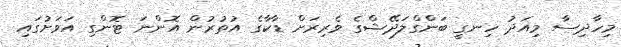
މިހާދިސާ މިއަދު ހިނގީ ބަންގްލަދޭޝްގެ ވެރިރަށް ޑާކާގެ އުތުރުން އޮންނަ ޓޮންގި އަވަށުގައި